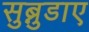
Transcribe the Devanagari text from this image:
सुब्नुडाए